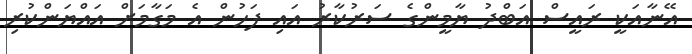
އޭނާއަކީ ރައީސް އަބްދު ޔާމީންގެ ސަރުކާރު އައި ފަހުން އެ މަގާމަށް އައްޔަންކުރި